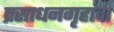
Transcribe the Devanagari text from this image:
प्रसाधनगृहांचा